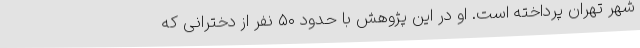
شهر تهران پرداخته است. او در این پژوهش با حدود ۵۰ نفر از دخترانی که